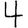
Digit: 4